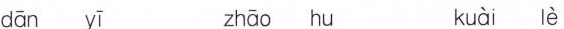
dān yī zhāo hu kuài lè